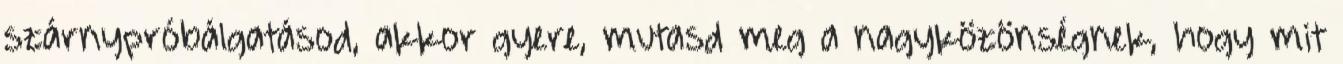
szárnypróbálgatásod, akkor gyere, mutasd meg a nagyközönségnek, hogy mit